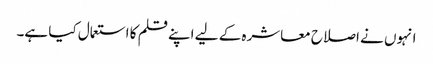
انہوں نے اصلاح معاشرہ کے لیے اپنے قلم کا استعمال کیا ہے۔